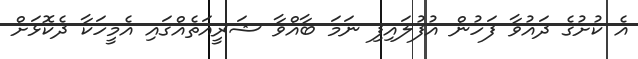
އެ ކުށުގެ ދައުވާ ފަހުން އުފުލައިފި ނަމަ ބާއްވާ ޝަރީއަތެއްގައި އެމީހަކާ ދެކޮޅަށް